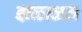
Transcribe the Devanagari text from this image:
झळाळत